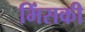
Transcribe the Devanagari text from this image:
मिंसकी